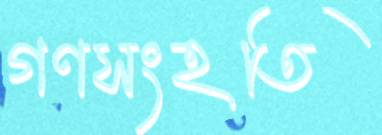
গণসংহতি